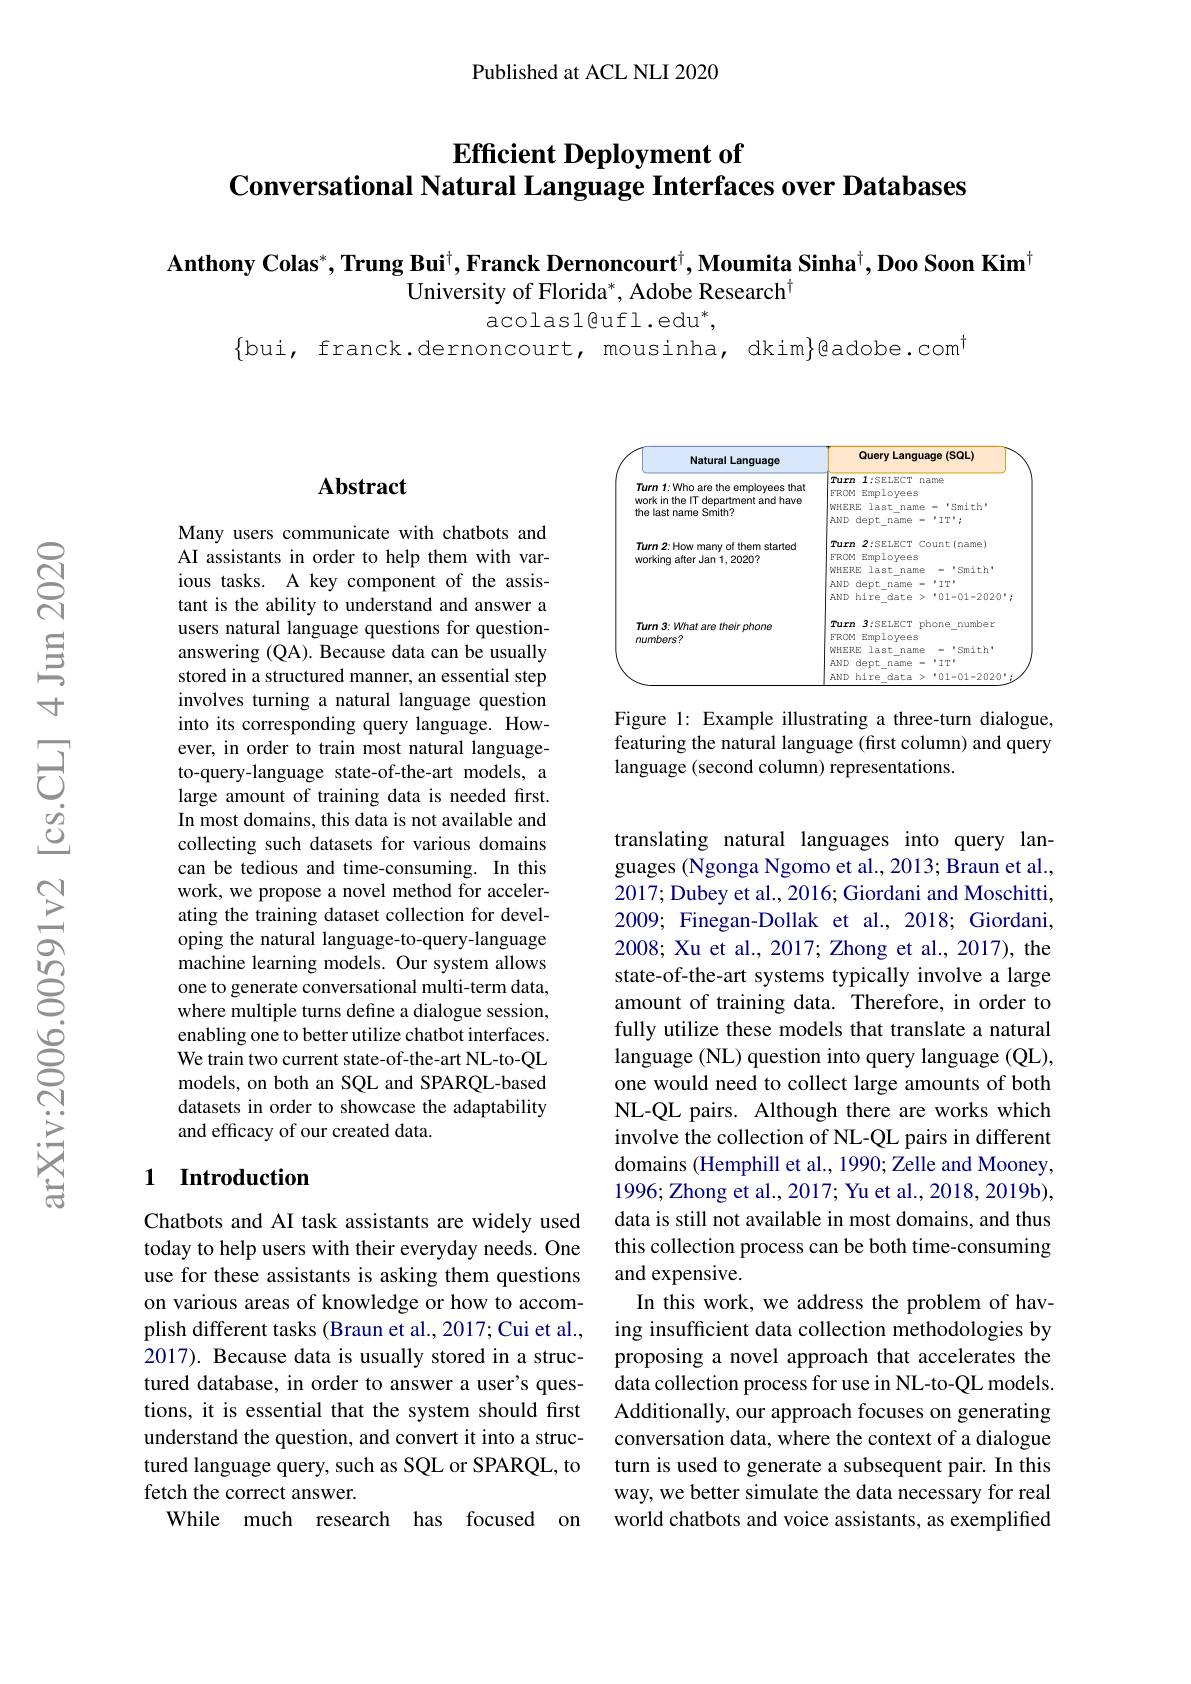
Published at ACL NLI 2020

## $\textbf{Efficient Deployment of}$ Conversational Natural Language Interfaces over Databases

$\textbf{Anthony Colas}^*,\textbf{Trung Bui}^\dagger,\textbf{Franck Dernoncourt}^\dagger,\textbf{Moumita Sinha}^\dagger,\textbf{Doo Soon Kim}^\dagger$
University of Florida*, Adobe Research$^{\dagger}$

acolasl@ufl.edu$^*$,

$\{$bui, franck.dernoncourt, mousinha, dkim$\}$gadobe.com$^{\dagger}$

# Abstract

Many users communicate with chatbots and AI assistants in order to help them with various tasks. A key component of the assistant is the ability to understand and answer a users natural language questions for questionanswering (QA). Because data can be usually stored in a structured manner, an essential step involves turning a natural language question into its corresponding query language. However, in order to train most natural languageto-query-language state-of-the-art models, a large amount of training data is needed first. In most domains, this data is not available and collecting such datasets for various domains can be tedious and time-consuming. In this work, we propose a novel method for accelerating the training dataset collection for developing the natural language-to-query-language machine learning models. Our system allows one to generate conversational multi-term data, where multiple turns define a dialogue session, enabling one to better utilize chatbot interfaces. We train two current state-of-the-art NL-to-QL models, on both an SQL and SPARQL-based datasets in order to showcase the adaptability and efficacy of our created data.

## 1 Introduction

Chatbots and AI task assistants are widely used today to help users with their everyday needs. One use for these assistants is asking them questions on various areas of knowledge or how to accomplish different tasks (Braun et al., 2017; Cui et al., 2017). Because data is usually stored in a structured database, in order to answer a user's questions, it is essential that the system should first understand the question, and convert it into a structured language query, such as SQL or SPARQL, to fetch the correct answer.
While much research has focused on

<FigureHere>

Figure 1: Example illustrating a three-turn dialogue, featuring the natural language (first column) and query language (second column) representations.

translating natural languages into query languages (Ngonga Ngomo et al., 2013; Braun et al., 2017; Dubey et al., 2016; Giordani and Moschitti, 2009; Finegan-Dollak et al., 2018; Giordani, 2008; Xu et al., 2017; Zhong et al., 2017), the state-of-the-art systems typically involve a large amount of training data. Therefore, in order to fully utilize these models that translate a natural language (NL) question into query language (QL), one would need to collect large amounts of both NL-QL pairs. Although there are works which involve the collection of NL-QL pairs in different domains (Hemphill et al., 1990; Zelle and Mooney, 1996; Zhong et al., 2017; Yu et al., 2018, 2019b), data is still not available in most domains, and thus this collection process can be both time-consuming and expensive.
In this work, we address the problem of having insufficient data collection methodologies by proposing a novel approach that accelerates the data collection process for use in NL-to-QL models. Additionally, our approach focuses on generating conversation data, where the context of a dialogue turn is used to generate a subsequent pair. In this way, we better simulate the data necessary for real world chatbots and voice assistants, as exemplified